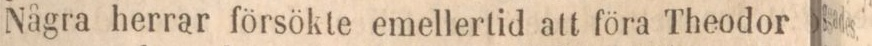
Några herrar försökte emellertid att föra Theodor